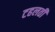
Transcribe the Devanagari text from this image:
टहलती